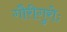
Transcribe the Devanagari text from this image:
गौरीगुरोः